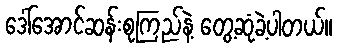
ဒေါ်အောင်ဆန်းစုကြည်နဲ့ တွေ့ဆုံခဲ့ပါတယ်။